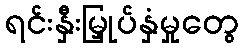
ရင်းနှီးမြှုပ်နှံမှုတွေ